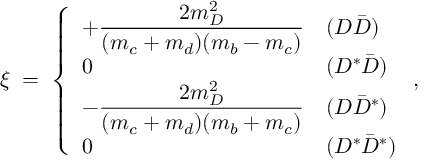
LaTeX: \xi \; = \; \left\{ \begin{array} { l l } { { + \displaystyle \frac { 2 m _ { D } ^ { 2 } } { ( m _ { c } + m _ { d } ) ( m _ { b } - m _ { c } ) } } } & { { ( D \bar { D } ) } } \\ { { 0 } } & { { ( D ^ { * } \bar { D } ) } } \\ { { - \displaystyle \frac { 2 m _ { D } ^ { 2 } } { ( m _ { c } + m _ { d } ) ( m _ { b } + m _ { c } ) } } } & { { ( D \bar { D } ^ { * } ) } } \\ { { 0 } } & { { ( D ^ { * } \bar { D } ^ { * } ) } } \end{array} \; , \right.